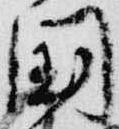
国